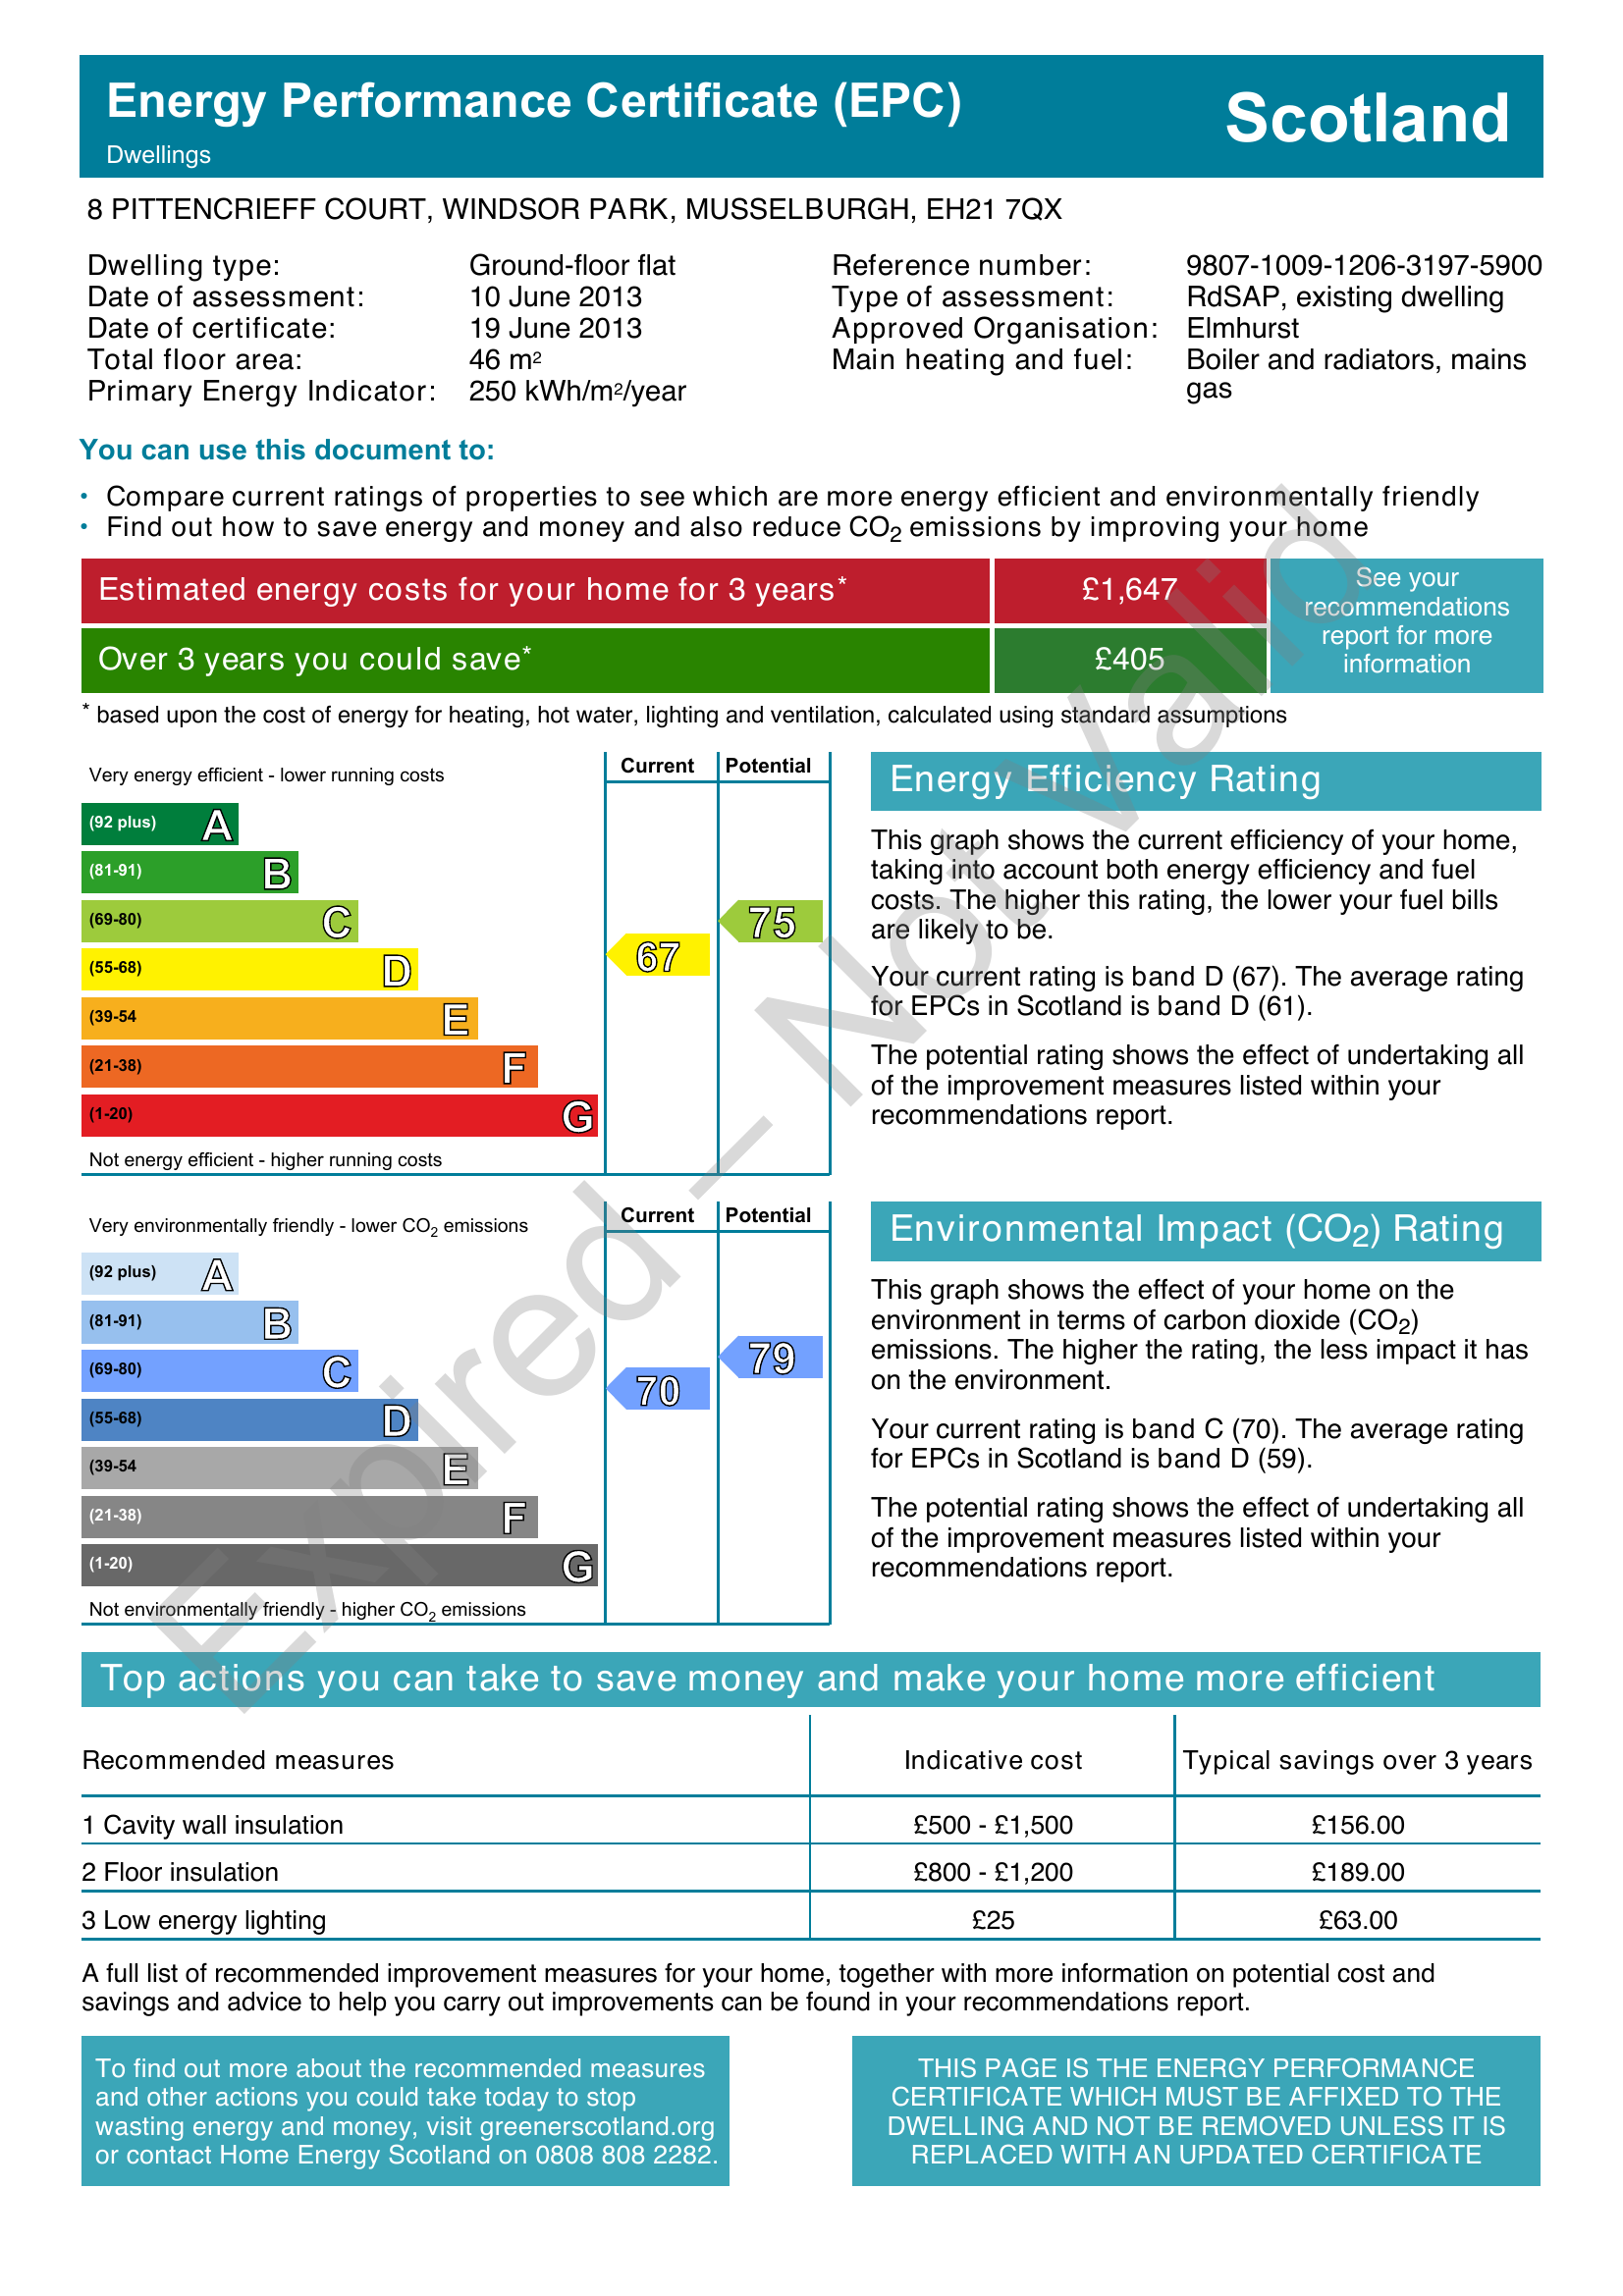
Current energy efficiency rating: D (score 67)
Potential energy efficiency rating: C (score 75)
Current environmental impact (CO2) rating: C (score 70)
Potential environmental impact (CO2) rating: C (score 79)